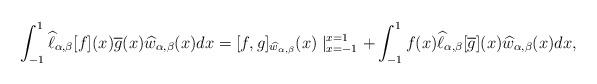
LaTeX: \begin{align*}\int_{-1}^{1}\widehat{\ell}_{\alpha,\beta}[f](x)\overline{g}(x)\widehat{w}_{\alpha,\beta}(x)dx=[f,g]_{\widehat{w}_{\alpha,\beta}}(x)\mid_{x=-1}^{x=1}+\int_{-1}^{1}f(x)\widehat{\ell}_{\alpha,\beta}[\overline{g}](x)\widehat{w}_{\alpha,\beta}(x)dx, \end{align*}